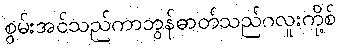
စွမ်းအင်သည်ကာဘွန်ဓာတ်သည်ဂလူးကို့စ်